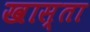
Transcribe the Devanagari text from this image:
खास्ता